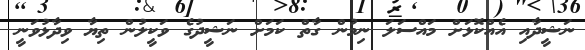
ނަޝީދާއި އެއްކޮޅަށް މައްސަލަ ނިމުން ގާތް ކަމަށް ނަޝީދުގެ ވަކީލުން ތިޔާ ވިދާޅުވަނީ